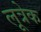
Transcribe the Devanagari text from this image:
लूत्रेक